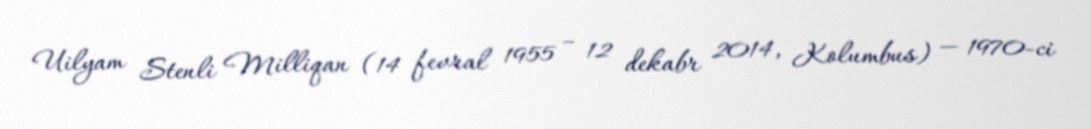
Uilyam Stenli Milliqan (14 fevral 1955 – 12 dekabr 2014, Kolumbus) — 1970-ci